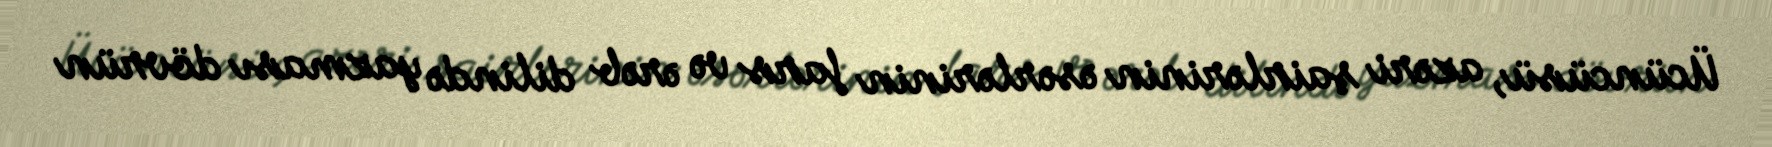
Ücüncüsü, azəri şairlərinin əsərlərinin fars və ərəb dilində yazması dövrün